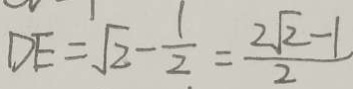
D E = \sqrt { 2 } - \frac { 1 } { 2 } = \frac { 2 \sqrt { 2 } - 1 } { 2 }